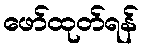
ဖော်ထုတ်ရန်